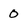
Character: 0